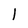
Character: l